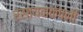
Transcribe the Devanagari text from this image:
रसायनकंपनी